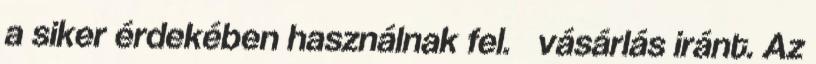
a siker érdekében használnak fel. vásárlás iránt. Az